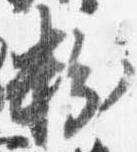
粉